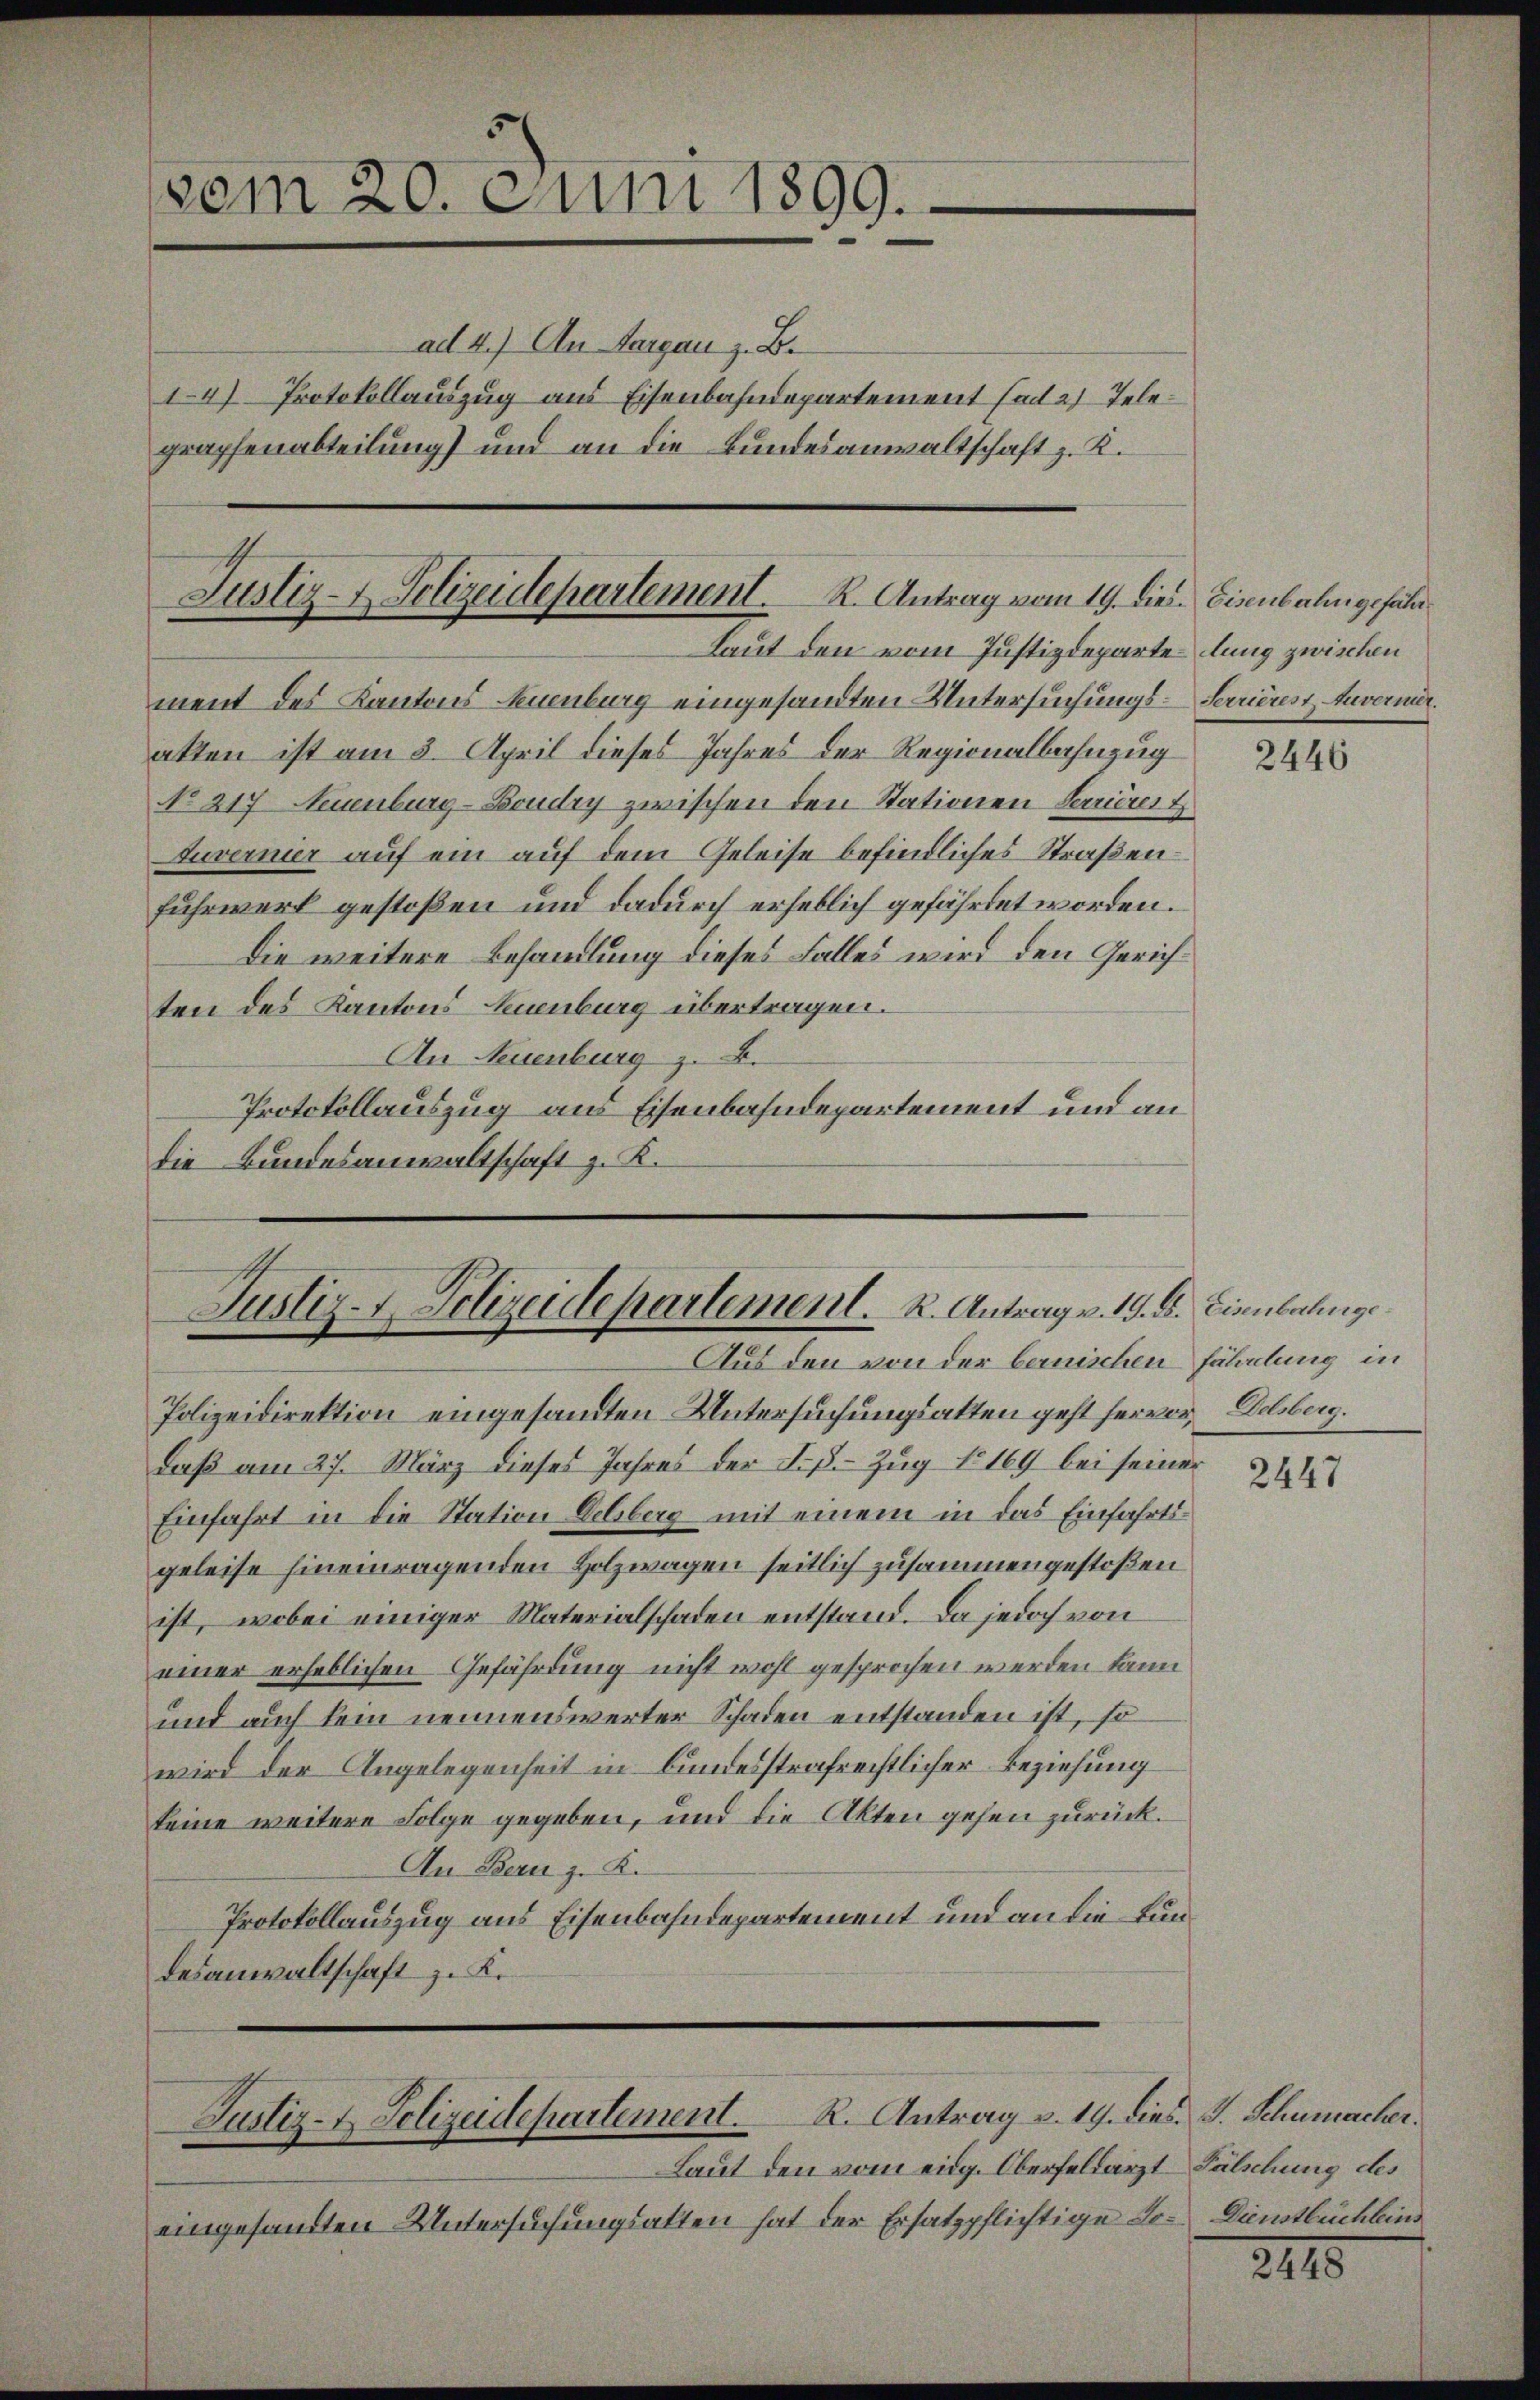
vom 20. Juni 1899.
e

ad 4.) An Aargau z. B.
graphenabteilung) und an die Bundesanwaltschaft z. K.

I4) Protokollauszug aus Eisenbahndepartement ad 2) Tele¬

Justiz- & Polizeidepartement. R. Antrag vom 19. dies Eisenbahngefähr
Laut den vom Justizdeparte lung zwischen

ment des Kantons Neuenburg eingesandten Untersuchungs-Serrieres Anvermer.
akten ist am 3. April dieses Jahres der Regionalbahnzug
No 217. Neuenburg-Boudry zwischen den Stationen Terrierer
Juvernier auf ein auf dem Geleise befindliches Straßen¬
Fuhrwerk gestoßen und dadurch erheblich gefährtet worden.
Die weitere Behandlung dieses Falles wird den Gerichten des Kantons Neuenburg übertragen.
An Neuenburg z. B.
Protokollauszug aus Eisenbahndepartement und an
die Bundesanwaltschaft z. K.

Justiz-Polizeidepartement. K. Antrag v. 19. d. Eisenbahnge
Aus den von der bernischen Fährlung in

Polizeidirektion eingesandten Untersuchungsakten geht hervor, Delsberg.
daß am 27. März dieses Jahres der L.ß.- Zug No 169 bei seiner
Einfahrt in die Station Selberg mit einem in das Einfahrtsgeleise hineinragenden Holzwagen seitlich zusammengestoßen
ist, wobei einiger Materialschaden entstand. Da jedoch von
einer erheblichen Gefährdung nicht wohl gesprochen werden kann
und auch kein nennenswerter Schaden entstanden ist, so
wird der Angelegenheit in bundesstrafrechtlicher Beziehung
keine weitere Folge gegeben, und die Akten gehen zurück.
An Bern z. K.
Protokollauszug aus Eisenbahndepartement und an die Lundesanwaltschaft zu Kr

Justiz- & Polizeidepartement. R. Antrag v. 19. dies J. Schumacher.

Laut den vom eidg. Oberfeldarzt Fälschung des
eingesandten Untersuchungsatten hat der Ersatzpflichtige Le- Dienstbüchling

2446

2447

2115